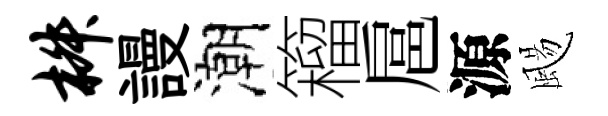
椒謾潮籕扈源颺